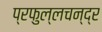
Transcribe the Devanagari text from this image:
प्रफुल्लचन्द्र